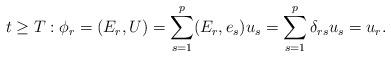
LaTeX: \begin{align*}t\geq T:\phi_r = (E_r, U) = \sum_{s=1}^p(E_r, e_s)u_s =\sum_{s=1}^p\delta_{rs}u_s= u_r.\end{align*}